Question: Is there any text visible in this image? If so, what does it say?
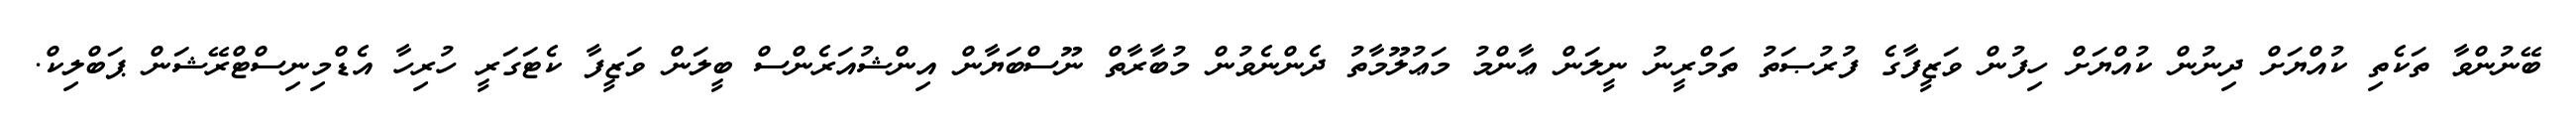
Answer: ބޭނުންވާ ތަކެތި ކުއްޔަށް ދިނުން ކުއްޔަށް ހިފުން ވަޒީފާގެ ފުރުޞަތު ތަމްރީނު ނީލަން ޢާންމު މަޢުލޫމާތު ދެންނެވުން މުބާރާތް ނޫސްބަޔާން އިންޝުއަރެންސް ބީލަން ވަޒީފާ ކެޓަގަރީ ހުރިހާ އެޑްމިނިސްޓްރޭޝަން ޕަބްލިކް.